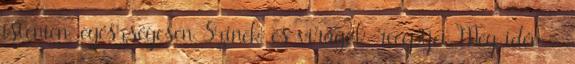
istenien, egészségesen Színek és virágok receptjei Még idén -